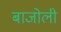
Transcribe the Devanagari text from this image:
बाजोली